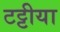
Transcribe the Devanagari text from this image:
टट्टीया